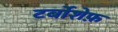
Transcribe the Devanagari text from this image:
टर्बोशेफ़